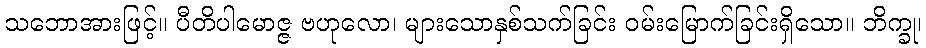
သဘောအားဖြင့်။ ပီတိပါမောဇ္ဇ ဗဟုလော၊ များသောနှစ်သက်ခြင်း ဝမ်းမြောက်ခြင်းရှိသော။ ဘိက္ခု၊